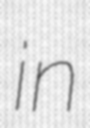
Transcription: in